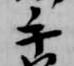
手